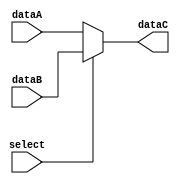
//=================================//
// MUX  2-1                        //
//=================================//
module Mux (
    // in
    input  [0 :0] select,
    input  [31:0] dataA,        // 0
    input  [31:0] dataB,        // 1

    // out
    output reg [31:0] dataC
);
    reg [31:0] temp;
    always @(*) begin
        //temp <= ( {32{!select}} & dataA ) | ( {32{ select}} & dataB );
        temp <= (select == 1'b1) ? dataB : dataA;
        dataC <= temp;
    end
endmodule   // endmoudle Mux

//=================================//
// MUX  3-1                        //
//=================================//
module Mux31 (
    // in
    input  [1 :0] select,
    input  [31:0] dataA,        // 00
    input  [31:0] dataB,        // 01
    input  [31:0] dataC,        // 1x

    // out
    output reg [31:0] dataD
);
    reg [31:0] temp;
    always @(*) begin
        //temp <= (select == 1'b1) ? dataB : dataA;
        temp <= ( {32{ select[1]}} & dataC ) 
              | ( {32{~select[1]}} & ( ({32{ select[0]}} & dataB) 
                                     | ({32{~select[0]}} & dataA) 
                                     )
               );
        dataD <= temp;
    end
endmodule   // endmoudle Mux

//=================================//
// ADD                             //
//=================================//
module Add (
    // in
    input  [31:0] dataA,
    input  [31:0] dataB,
    input  [0 :0] cin,

    // out
    output reg [0 :0] cout,
    output reg [31:0] dataC
);
    //assign {cout,dataC} = cin+ dataA+ dataB ;
    always @(*) begin
        {cout,dataC} <= cin+ dataA+ dataB ;
    end
endmodule   // endmodule Add

/*- B_J_Jr_judge -*/
//=================================//
// Single cycle B_J_Jr_judge       //
//=================================//
module Judger(
    // in
    input  [9 :0 ] jbs_flag_cache,
    input  [0 :0 ] compare_res,
    input  [0 :0 ] alu_zero,

    // out
    output reg [0 :0 ] judge_a,
    output reg [0 :0 ] judge_b,
    output reg [0 :0 ] judge_c,
    output reg [0 :0 ] judge_d,
    output reg [0 :0 ] judge_e
);

    wire wa,wb,wc,wd,we;

/* jbs_flag_cache:  [beq ], [bne ], [blt ], [bge ], [bltu], [bgeu], [jal ], [jalr], [lui ], [auipc]
                       9       8       7       6       5       4       3       2       1       0        */
    wire [0 :0 ] nF, bF, jF, jrF, luiF, auipcF;
    assign bF  =  ( jbs_flag_cache[9] && ( alu_zero   ) )       // beq  : sub  -> alu_zero  =  1
                | ( jbs_flag_cache[8] && (!alu_zero   ) )       // bne  : sub  -> alu_zero  =  0
                | ( jbs_flag_cache[7] && ( compare_res) )       // blt  : slt  -> compare_res= 1 ( a-b <  0 )
                | ( jbs_flag_cache[6] && (!compare_res) )       // bge  : slt  -> compare_res= 0 ( a-b >= 0 )
                | ( jbs_flag_cache[5] && ( compare_res) )       // bltu : sltu -> compare_res= 1 ( a-b <  0 )
                | ( jbs_flag_cache[4] && (!compare_res) );      // bgeu : sltu -> compare_res= 0 ( a-b >= 0 )
    assign jF     = jbs_flag_cache[3];
    assign jrF    = jbs_flag_cache[2];
    assign luiF   = jbs_flag_cache[1];
    assign auipcF = jbs_flag_cache[0];
    //assign nF     = ~( |jbs_flag_cache ) | ~( bF );
    assign nF     = ~(
        ( |jbs_flag_cache[3:0] ) | bF
    );

    assign wa = jrF;
    assign wb = bF | jF | jrF;
    assign wc = ~( nF | bF );
    assign wd = luiF;
    assign we = luiF | auipcF;

    always @(*) begin
        judge_a <= wa ;
        judge_b <= wb ;
        judge_c <= wc ;
        judge_d <= wd ;
        judge_e <= we ;
    end
endmodule   // endmodule Judger

//=================================//
// Instruction Memory Data Conv    //
//=================================//
module I_mem (
    input clk,
    // in
    input  [31:0 ] pc_out,

    // out
    output [31:0 ] inst,

    // interface
    input  [0 :0 ] ACKI_n,
    input  [31:0 ] IDT,
    input  [31:0 ] IDT2,

    output [31:0 ] IAD,
    output [0 :0 ] IACK_n,
    output reg [0 :0 ] is_jjru,          // judge if jjr
    output reg [0 :0 ] is_j,
    output reg [0 :0 ] is_jr,
    output reg [0 :0 ] is_b
);
    wire [0 :0 ] IACK_n_wire;
    wire [0 :0 ] type_b, type_jjr, type_u, typr_jr;
    wire [6 :0 ] opcode;

    wire temp, inst_temp;
    assign inst_temp = ( ACKI_n == 1'b0 ) ? IDT : 32'b0;
    
    assign inst = ( ACKI_n == 1'b0 ) ? IDT : 32'b0;
    assign IAD = pc_out;
    assign opcode = inst[6 :0 ];
    assign IACK_n = ( pc_out != 32'b0 ) ? 1'b0 : 1'b1;

    assign type_b = (~opcode[2]) & (~opcode[4]) & opcode[6];
    assign type_jjr = (~opcode[4]) & opcode[2] & opcode[6];
    assign type_jr  = type_jjr & (~opcode[3]);
    assign type_j   = type_jjr & ( opcode[3]);
    assign type_u = (~opcode[5]) & opcode[2] & opcode[4];
    // assign temp = ( (type_jjr | type_u) === 1'b1);
    // assign temp = ( (type_jjr) === 1'b1);
    assign temp = ( (type_jjr) == 1'b1);

    // always @(negedge clk, posedge temp, negedge temp) begin        // opcode
    always @(*) begin        // opcode
        is_jjru <= temp;  //  ? 1'b1 : 1'b0
        is_j    <= type_j;
        is_jr   <= type_jr;   //  ? 1'b1 : 1'b0
        is_b    <= type_b;
    end
endmodule   // endmodule I_mem

//=================================//
// Data Memory Data Conv           //
//=================================//
module D_mem(
    // in
    input clk,
    input [0 :0 ] mem_read_ctrl,
    input [0 :0 ] mem_write_ctrl,
    input [2 :0 ] wr_width,
    input [31:0 ] address,
    input [31:0 ] w_data,
    
    // out 
    output [31:0 ] r_data,

    // interface
    input  [0 :0 ] ACKD_n,
    output [1 :0 ] SIZE,        // * width
    output [0 :0 ] MREQ,        // * access flag: if read or write then MREQ=1, else MREQ=0
    output [31:0 ] DAD,         // data address
    output [0 :0 ] WRITE,       // * write flag : if write rhen WRITE=1, else WRITE=0
    inout  [31:0 ] DDT          // read or write data
);
    /* wdith of load or store data
       000-> lb,sb  read or write 1  byteextens 8th  bit to 32 bit when read
       100-> lbu    read 1  byteunsigned extens to 32 bit when read

       001-> lh,sh  read or write 2  byteextens 16th bit to 32 bit when read
       101-> lhu    read 2  byteunsigned extens to 32 bit when read     

       010-> lw ,sw read or write 32 bit  

        1x-> byte
        01-> half
        00-> word  
    */
    reg [31: 0] DDT_r;

    assign SIZE = { !( wr_width[1] | wr_width[0] ) , ( wr_width[0] ) };

    assign MREQ = ( mem_read_ctrl | mem_write_ctrl );
    assign WRITE= mem_write_ctrl;
    assign DAD = address;
    
    assign DDT = (mem_write_ctrl ) ? w_data : 32'bz;    // if read : DDT <= DDT_reg
                                                       // if writeDDT <= z to get from outside
    assign r_data = (mem_read_ctrl & ~(ACKD_n) ) ? DDT : 32'bz;
endmodule   // endmodule D_mem

//=================================//
// Pipeline J, Jr,Type U judger    //
//=================================//
module JJrUJudger (
    // in
    input  [3 :0 ] jjru_flag_cache,
    input  [0 :0 ] bneqF,

    // out
    output reg [0 :0 ] judge_a,
    output reg [0 :0 ] judge_b1,
    output reg [0 :0 ] judge_d,
    output reg [0 :0 ] judge_e,

    output reg [0 :0 ] jjruF
);
    wire [0 :0 ] wa, wb1, wd, we;
    wire [0 :0 ] jF, jrF, luiF, auipcF;
/*                  [beq ], [bne ], [blt ], [bge ], [bltu], [bgeu], [jal ], [jalr], [lui ], [auipc]
   jbs_flag_cache:     9       8       7       6       5       4       3       2       1       0       
   jjru_flag_cache:    5       4                                       3       2       1       0
 */
    assign jF     = jjru_flag_cache[3];
    assign jrF    = jjru_flag_cache[2];
    assign luiF   = jjru_flag_cache[1];
    assign auipcF = jjru_flag_cache[0];

    assign wa  = jrF;
    assign wb1 = jF | jrF | bneqF;
    //assign wb1 = jrF;
    assign wd  = luiF;
    assign we  = luiF | auipcF;

    always @(*) begin
        judge_a  <= wa ;
        judge_b1 <= wb1 ;
        judge_d  <= wd ;
        judge_e  <= we ;   
        jjruF    <= (|jjru_flag_cache);     
    end
endmodule   // endmodule JJrU_Judger

//=================================//
// Pipeline Branch judger          //
//=================================//
module BranchJudger (
    // in
    input  [0 :0 ] jjruF,
    input  [31:0 ] typeb_pc_i,
    input  [5 :0 ] b_flag_cache,
    input  [0 :0 ] compare_res,
    input  [0 :0 ] alu_zero,
    input  [0 :0 ] load_bneq_sig,

    // out
    output reg [31:0 ] typeb_pc_o,
    output reg [0 :0 ] judge_b2,
    output reg [0 :0 ] judge_c
);
    wire [0 :0 ] wb2, wc;
    wire [0 :0 ] nF, bF , jF, jrF;
/*                  [beq ], [bne ], [blt ], [bge ], [bltu], [bgeu], [jal ], [jalr], [lui ], [auipc]
   jbs_flag_cache:     9       8       7       6       5       4       3       2       1       0        
   b_flag_cache  :     5       4       3       2       1       0
*/
    assign bF  =  
                  ( b_flag_cache[5] && ( alu_zero   ) )       // beq  : sub  -> alu_zero  =  1
                | ( b_flag_cache[4] && (!alu_zero   ) ) |      // bne  : sub  -> alu_zero  =  0
                 ( b_flag_cache[3] && ( compare_res) )       // blt  : slt  -> compare_res= 1 ( a-b <  0 )
                | ( b_flag_cache[2] && (!compare_res) )       // bge  : slt  -> compare_res= 0 ( a-b >= 0 )
                | ( b_flag_cache[1] && ( compare_res) )       // bltu : sltu -> compare_res= 1 ( a-b <  0 )
                | ( b_flag_cache[0] && (!compare_res) );      // bgeu : sltu -> compare_res= 0 ( a-b >= 0 )  
    //assign nF  = ~( ( |jbs_flag_cache[3:0] ) | bF ); 
    assign nF = ~( jjruF | bF ) ;

    assign wb2 = bF;
    assign wc  = ~( nF | bF );

    // out
    always @(*) begin
        typeb_pc_o <= typeb_pc_i;
        judge_b2 <= wb2;
        judge_c  <= wc;
    end   
endmodule   // endmodule Branch_Judger

//=================================//
// Register Condition Resetter     //
//=================================//
module RegCondRster (
    // in
    input  [0 :0 ] clk,    
    input  [0 :0 ] rst_n_i,
    input  [0 :0 ] ctrl_sig,
    input  [1 :0 ] times,       // 00->0    11->3

    // out
    output reg [0 :0 ] rst_n_o
);
    reg  [1 :0 ] times_r;

    always @(posedge clk) begin
        times_r = (ctrl_sig & (~(|times_r))) ? times : ({ ( times_r[1] & times_r[0] ), ( times_r[1] & (~times_r[0]) ) });
        rst_n_o = rst_n_i & (~(|times_r));
    end

    always @(rst_n_i == 1'b0) begin
        times_r <= 2'b00;
        rst_n_o <= rst_n_i ;
    end
endmodule   // endmodule RegCondRster

//=================================//
// Forward Controller              //
//=================================//
module FwdCtrler (
        input  [4 :0 ] id2ex_rs1,           // next     inst    rs1
        input  [4 :0 ] id2ex_rs2,           // next     inst    rs2
        input  [4 :0 ] ex2mem_rd,           // current  inst    rd
        input  [4 :0 ] mem2wb_rd,           // previous inst    rd

        input  [0 :0 ] ex2mem_reg_w_ctrl,
        input  [0 :0 ] mem2wb_reg_w_ctrl,

        input  [0 :0 ] id2ex_mem_write_ctrl,
        input  [0 :0 ] ex2mem_mem_read_ctrl,

        input  [4 :0 ] id2ex_rd,
        input  [0 :0 ] id2ex_mem_read_ctrl,
        input  [0 :0 ] id2ex_reg_w_ctrl,
        input  [4 :0 ] rs1,
        input  [4 :0 ] rs2,
        input  [0 :0 ] mem_write_ctrl,

        input  [0 :0 ] is_jr,
        input  [1 :0 ] bneqF,

        output [1 :0 ] fcA,         // 00 -> ID2EX  ( self data )   
        output [1 :0 ] fcB,         // 01 ->  WB    ( Dmem data )
        output [0 :0 ] fcC,         // 10 -> EX2MEM (  ALU res  )
        output [0 :0 ] fcD,
        output [1 :0 ] fcE,
        output [1 :0 ] fcF,

        output [0 :0 ] load_bneq_sig
);     
    wire [0 :0 ] is_bneq;
    assign is_bneq = (|bneqF);

    wire f1,f2,f3,f4,f5,f6,f7,f8,f9,f10,f11,f12;

    assign fcC = ( ~ex2mem_reg_w_ctrl ) && ( ex2mem_rd!=5'd0 ) && ( ex2mem_rd!=id2ex_rs1 ) && ( ex2mem_rd==id2ex_rs2 ) && ( id2ex_mem_write_ctrl );

    // assign fcD   = (  ( ( id2ex_mem_read_ctrl & (~id2ex_reg_w_ctrl) & (id2ex_rd!=5'd0) )     //load
	// 				     & (!mem_write_ctrl)                                               // not store
	// 				     & ((id2ex_rd ==rs1) | (id2ex_rd ==rs2) ) )
	// 			    | ( ( id2ex_mem_read_ctrl & (~id2ex_reg_w_ctrl) & (id2ex_rd!=5'd0) )     //load
    //                      & (mem_write_ctrl)                                                // store
    //                      & (id2ex_rd ==rs1))) 
    //              | ( ( is_jr ) & (ex2mem_mem_read_ctrl) && ( ~ex2mem_reg_w_ctrl ) && (ex2mem_rd!=5'd0) && (ex2mem_rd==rs1))//;
    //              | f1
    //              | f2;

    assign f3 = ( ( id2ex_mem_read_ctrl & (~id2ex_reg_w_ctrl) & (id2ex_rd!=5'd0) )     //load
					     & (!mem_write_ctrl)                                               // not store
					     & ((id2ex_rd ==rs1) | (id2ex_rd ==rs2) ) );
    assign f4 = ( ( id2ex_mem_read_ctrl & (~id2ex_reg_w_ctrl) & (id2ex_rd!=5'd0) )     //load
                         & (mem_write_ctrl)                                                // store
                         & (id2ex_rd ==rs1));
    assign f5 = ( ( is_jr ) & (ex2mem_mem_read_ctrl) && ( ~ex2mem_reg_w_ctrl ) && (ex2mem_rd!=5'd0) && (ex2mem_rd==rs1));

    assign fcD   = (  f3
				    | f4) 
                 | f5//;
                 | f1
                 | f2;                 

    //assign f13 = ( ( is_jr | is_bneq ) & (ex2mem_mem_read_ctrl) && ( ~ex2mem_reg_w_ctrl ) && (ex2mem_rd!=5'd0) && ((ex2mem_rd==rs1)|(ex2mem_rd==rs2)) );
                    // need stall for EqJduger
    //assign f14 = f13 | fcD; 

    assign f1 = (~load_bneq_sig) & (is_bneq) 
              & (ex2mem_mem_read_ctrl) & ( ~ex2mem_reg_w_ctrl ) & (ex2mem_rd!=5'd0) 
              & ((ex2mem_rd==rs1) | (ex2mem_rd==rs2));

    assign f2 = (~load_bneq_sig) & (is_bneq) 
              & ( ~id2ex_reg_w_ctrl ) & (id2ex_rd!=5'd0) 
              & ((id2ex_rd==rs1) | (id2ex_rd==rs2));

    assign load_bneq_sig = ( is_bneq ) & (id2ex_mem_read_ctrl) & (~id2ex_reg_w_ctrl) & (id2ex_rd!=5'd0) & ((id2ex_rd==rs1)|(id2ex_rd==rs2));

    assign fcA[1] = ( ~ex2mem_reg_w_ctrl ) && (ex2mem_rd!=5'd0) && (ex2mem_rd==id2ex_rs1);
    assign fcA[0] = ( ~mem2wb_reg_w_ctrl ) && (mem2wb_rd!=5'd0) && (mem2wb_rd==id2ex_rs1);

    assign fcB[1] = ( ~ex2mem_reg_w_ctrl ) && (ex2mem_rd!=5'd0) && (ex2mem_rd==id2ex_rs2);
    assign fcB[0] = ( ~mem2wb_reg_w_ctrl ) && (mem2wb_rd!=5'd0) && (mem2wb_rd==id2ex_rs2);

    assign fcE[1] = is_bneq && ( ~ex2mem_reg_w_ctrl ) && (ex2mem_rd!=5'd0) && (ex2mem_rd==rs1);    // is_bneq && 
    assign fcE[0] = is_bneq && ( ~mem2wb_reg_w_ctrl ) && (mem2wb_rd!=5'd0) && (mem2wb_rd==rs1);    // is_bneq && 

    assign fcF[1] = is_bneq && ( ~ex2mem_reg_w_ctrl ) && (ex2mem_rd!=5'd0) && (ex2mem_rd==rs2);    // is_bneq && 
    assign fcF[0] = is_bneq && ( ~mem2wb_reg_w_ctrl ) && (mem2wb_rd!=5'd0) && (mem2wb_rd==rs2);    // is_bneq && 

endmodule   // endmodule FwdCtrler

//=================================//
// Eq Tpye Branch Jduger           //
//=================================//
module EqJduger (
    input [1 :0 ] bneqF,
    input [31:0 ] dataA,
    input [31:0 ] dataB,

    input [0 :0 ] load_bneq_sig,

    output reg [0:0] bneq,
    output reg [1:0] bneqF_o
);
    //  [beq ], [bne ]
    //    1       0
    wire [0 :0 ] is_bneq, is_equal, result;
    assign is_bneq = (|bneqF);
    assign is_equal = ~(|( dataA ^ dataB )) & is_bneq; // if equal , then =1
    assign result = bneqF[1] & ( is_equal)
                  | bneqF[0] & (~is_equal);

    always @(*) begin
        bneq <= result;
        bneqF_o <= {2{ load_bneq_sig}} & bneqF
                 | {2{~load_bneq_sig}} & 2'b0;
    end
    
endmodule   // endmodule EqJduge

//=================================//
// JBHandler                       //
//=================================//
module JBHandler (
    input [31:0 ] inst,

    input [0 :0 ] is_j,
    input [0 :0 ] is_jr,
    input [0 :0 ] is_b,
    inout [0 :0 ] b2,

    output reg [31:0 ] imm_exten,
    output reg [0 :0 ] jb
);
    wire [31:0 ] imm_exten_J,imm_exten_B, branch_dist;
    wire b;
    reg [0 :0 ] sa, sb;

    assign imm_exten_J = { {12{inst[31]}} , inst[19:12] , inst[20] , inst[30:21] , 1'b0 };
    assign imm_exten_B = { {20{inst[31]}} , inst[7] , inst[30:25] , inst[11:8] , 1'b0 };
    assign b = sa; 
    

    // assign branch_dist = 
    always @(*) begin
        jb <= is_j | b;
        imm_exten <= {32{is_j}} & imm_exten_J
                   | {32{  b }} & imm_exten_B;
    end
    
endmodule